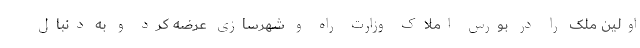
اولین ملک را در بورس املاک وزارت راه و شهرسازی عرضه کرد و به دنبال